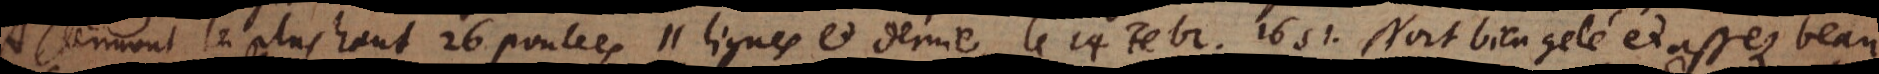
Clermont le plus haut 26 poulces 11 lignes et demie, le 14 Fevr. 1651. Nort bien gelé et assez beau.